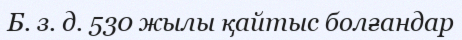
Б. з. д. 530 жылы қайтыс болғандар